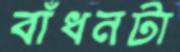
বাঁধনটা